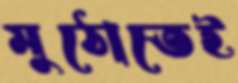
মুঠোতেই